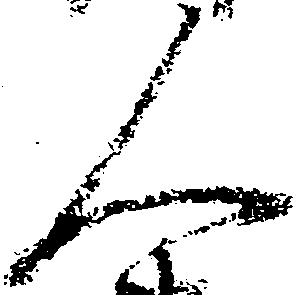
人